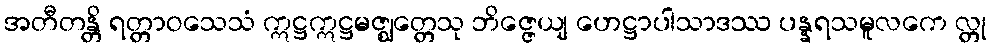
အတီတန္တိ ရတ္တာဝသေသံ ဣဋ္ဌဣဋ္ဌမဇ္ဈတ္တေသု ဘိဇ္ဇေယျ ဟေဋ္ဌာပါသာဒဿ ပန္နရသမူလကေ လ္တု